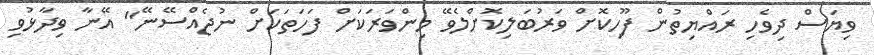
ވިޔަސް ދިވެހި ރައްޔިތުން ފޫހިކޮށް ވަރުބަލިކޮށްލެވޭ މިންވަރަކަށް ފަހަތަކަށް ނުޖެއްސޭނޭ" އޭނާ ވިދާޅުވި